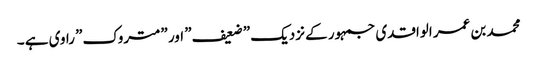
محمد بن عمر الواقدی جمہور کے نزدیک ”ضعیف” اور ”متروک” راوی ہے ۔